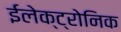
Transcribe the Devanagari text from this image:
ईलेक्ट्रोनिक